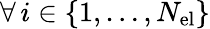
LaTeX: \forall\, i\in\left\lbrace 1,\dots,N_{\mathrm{el}}\right\rbrace